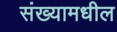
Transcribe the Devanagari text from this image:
संख्यामधील